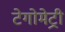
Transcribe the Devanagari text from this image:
टेगोमेट्री